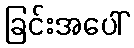
ခြင်းအပေါ်